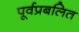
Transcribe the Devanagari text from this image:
पूर्वप्रबलित